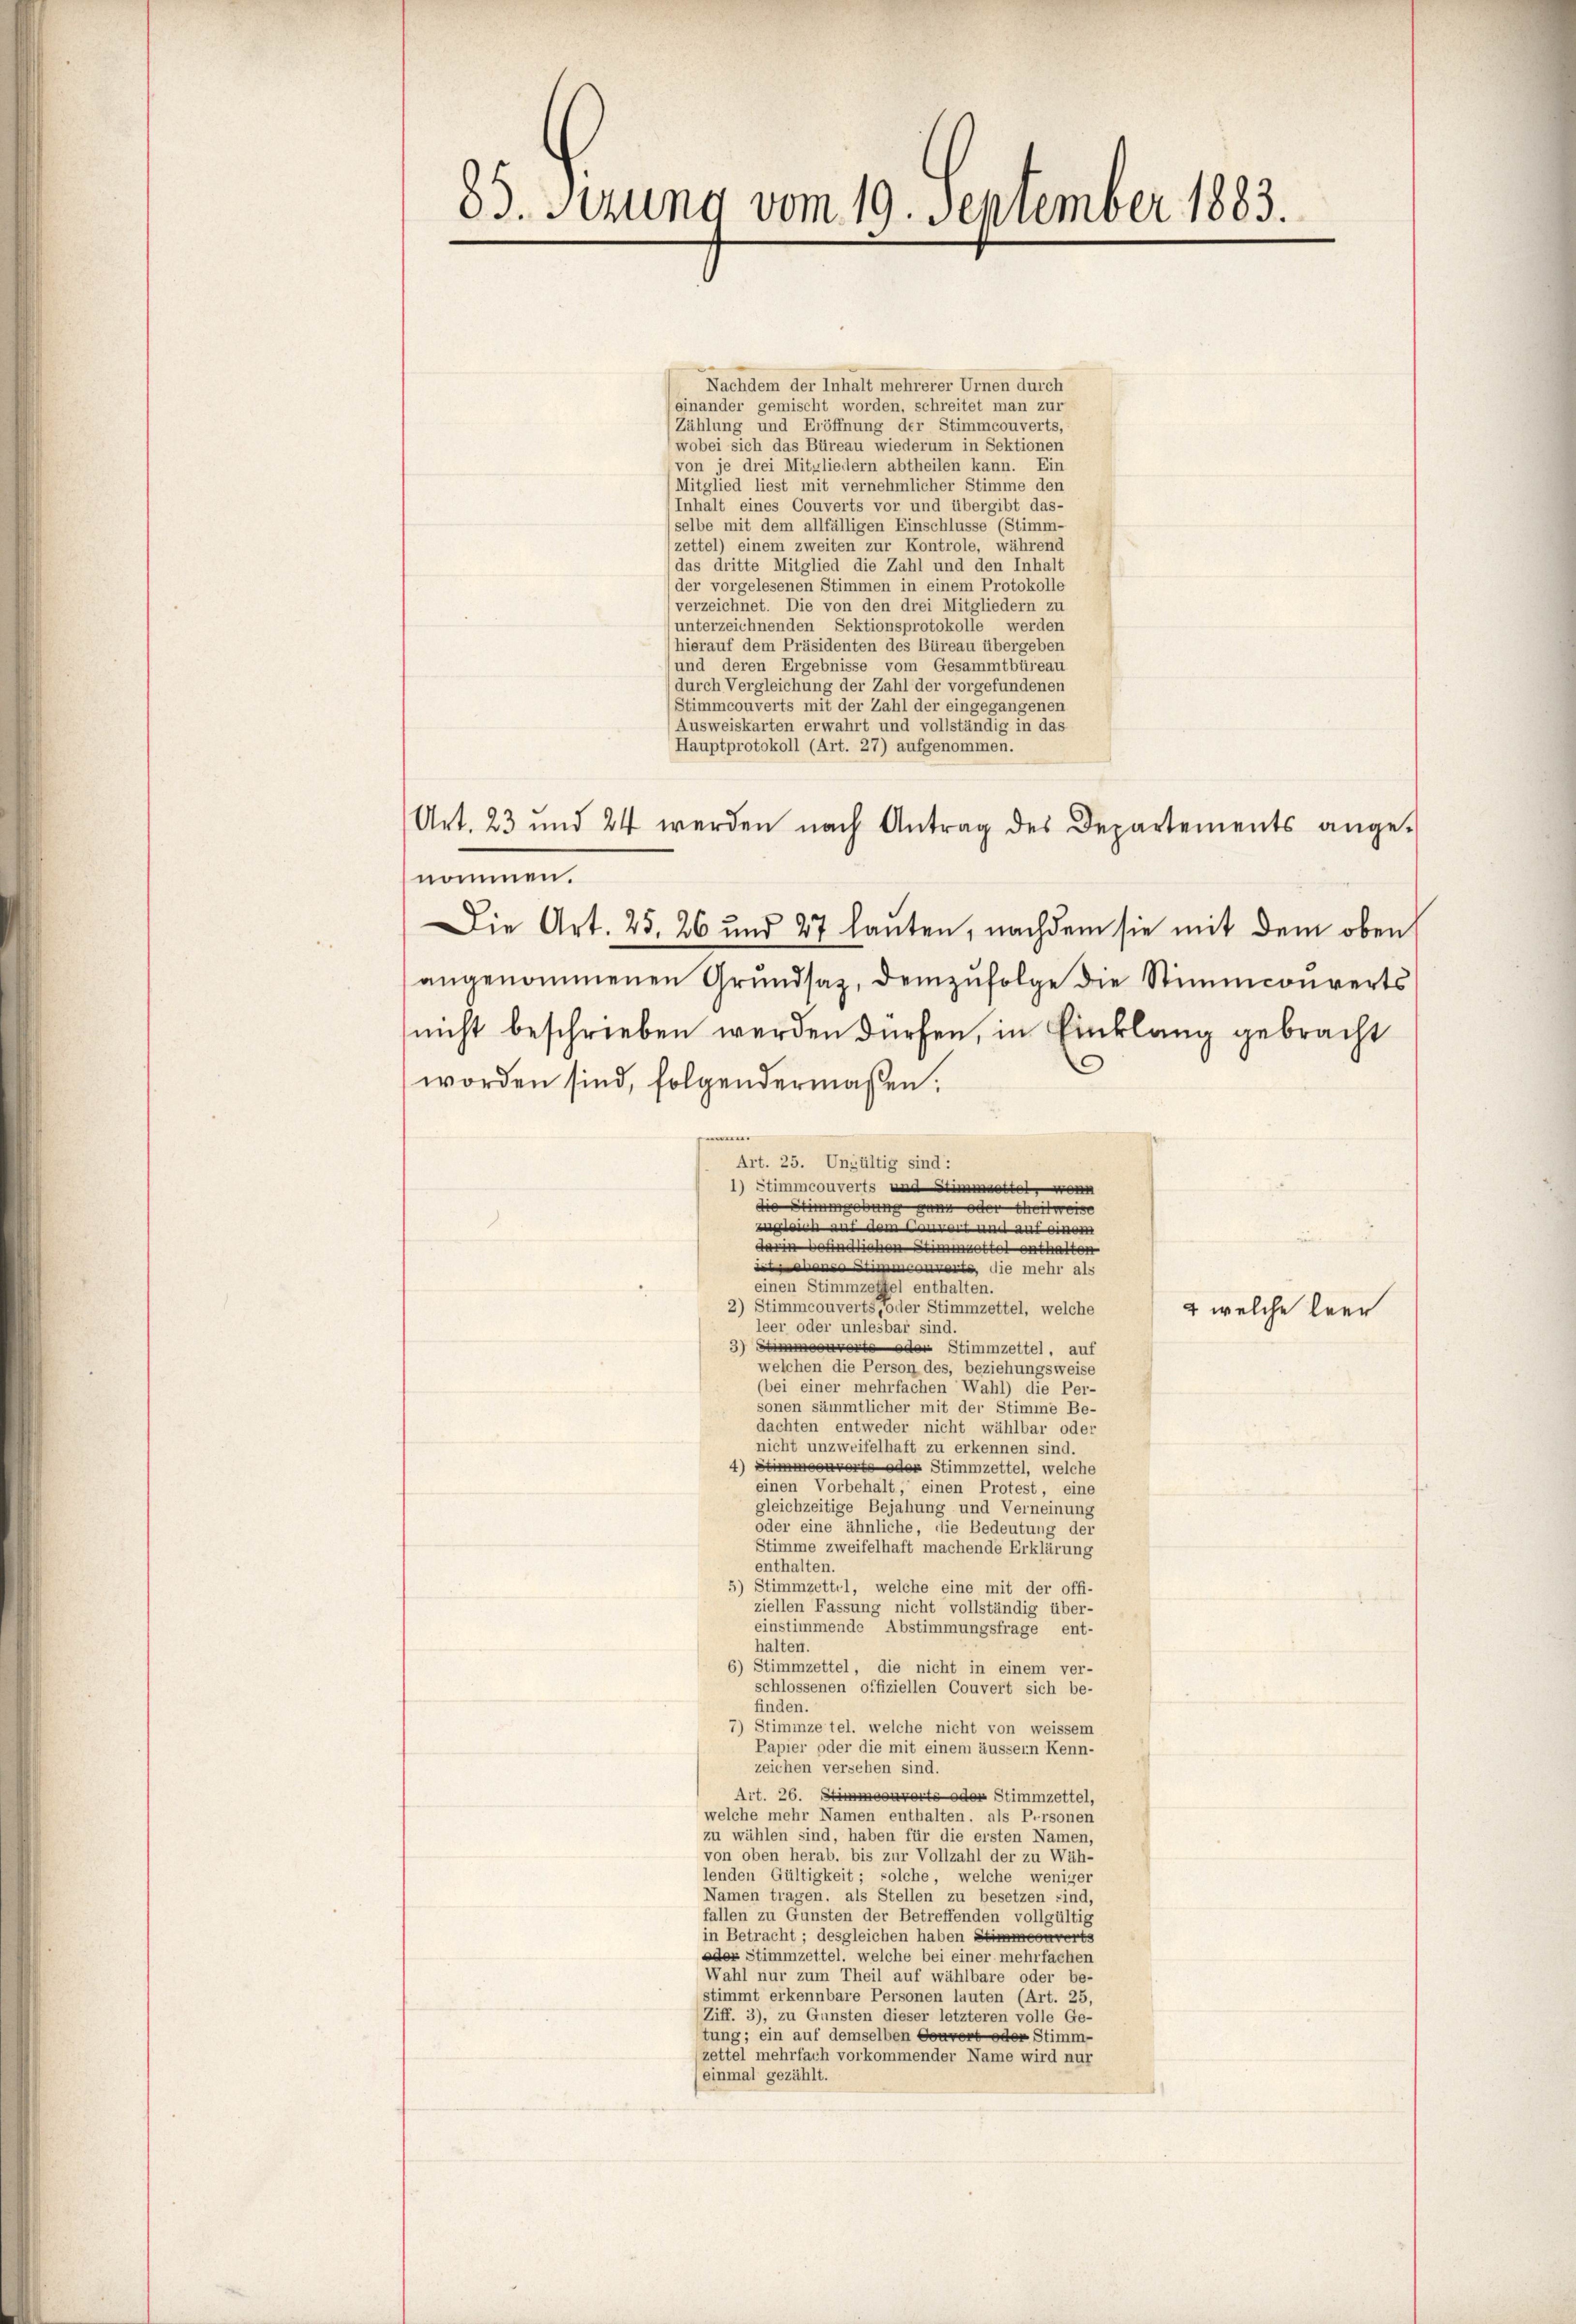
85. Sitzung vom 19. September 1883.

Nachdem der Inhalt mehrerer Urnen durch
(einander gemischt worden, schreitet man zur
Zählung und Eröffnung der Stimmcouverts,
wobei sich das Büreau wiederum in Sektionen
von je drei Mitgliedern abtheilen kann. Ein
(Mitglied liest mit vernehmlicher Stimme den
Inhält eines Couverts vor und übergibt das-
(selbe mit dem allfälligen Einschlüsse (Stimm-
zettel) einem zweiten zur Kontrole, während
das dritte Mitglied die Zahl und den Inhalt
(der vorgelesenen Stimmen in einem Protokolle
verzeichnet. Die von den drei Mitgliedern zu
unterzeichnenden Sektionsprotokolle werden
hierauf dem Präsidenten des Büreau übergeben
und deren Ergebnisse vom Gesammtbüreau
(durch Vergleichung der Zahl der vorgefundenen
Stimmcouverts mit der Zahl der eingegangenen
Ausweiskarten erwahrt und vollständig in das
Hauptprotokoll (Art. 27) aufgenommen.
Art. 23 und 24 werden nach Antrag des Departements ange-
nommen.
Die Art. 25, 26 und 27 lauten, nachdem sie mit dem oben
angenommenen Grŭndsas, demenfolge die Stimmconverts
nicht beschrieben werden dürfen, in Einklang gebracht
worden sind, folgendermaßen:
.
Art. 25. Ungültig sind:
1) Stimmcouverts und Stimmzetter, wenn
die Stimmgebung ganz oder theilweise
mne
darin befindlichen Stimmrotto enthalten
d a mell al
einen Stimmzeffel enthalten.
2) Stimmcouverts, oder Stimmzettel, welche
2 welche bere
leer oder unlesbar sind.
3) Stimmervorte oder Stimmzettel, auf
welchen die Person des, beziehungsweise
(bei einer mehrfachen Wahl) die Per-
sonen sämmtlicher mit der Stimme Be-
dachten entweder nicht wählbar oder
nicht unzweifelhaft zu erkennen sind.
4) Stimmeouverte oder Stimmzettel, welche
einen Vorbehalt, einen Protest, eine
gleichzeitige Bejahung und Verneinung
oder eine ähnliche, die Bedeutung der
Stimme zweifelhaft machende Erklärung
enthalten.
5) Stimmzettel, welche eine mit der offi-
ziellen Fassung nicht vollständig über-
einstimmende Abstimmungsfrage ent-
halten.
6) Stimmzettel, die nicht in einem ver-
schlossenen offiziellen Couvert sich be-
finden.
7) Stimmze tel, welche nicht von weissem
Papier oder die mit einem äussern Kenn-
zeichen versehen sind.
Art. 26. Stimmeourorts oder Stimmzettel,
welche mehr Namen enthalten, als Personen
zu wählen sind, haben für die ersten Namen,
von oben herab, bis zur Vollzahl der zu Wäh-
lenden Gültigkeit; solche, welche weniger
Namen tragen, als Stellen zu besetzen sind,
fallen zu Gunsten der Betreffenden vollgültig
in Betracht; desgleichen haben Stimmeouverts
eder Stimmzettel, welche bei einer mehrfachen
Wahl nur zum Theil auf wählbare oder be-
stimmt erkennbare Personen lauten (Art. 25,
Ziff. 3), zu Gunsten dieser letzteren volle Ge-
tung; ein auf demselben Gouvert oder Stimm-
zettel mehrfach vorkommender Name wird nur
einmal gezählt.